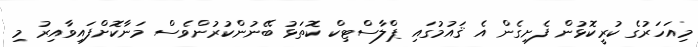
މިއަހަރުގެ ކުރީކޮޅުން ފެށިގެން އެ ޤައުމުގައި ޕްލާސްޓިކް ކޮތަޅު ބޭނުންކުރުންވެސް މަނާކޮށްފައިވާއިރު މި